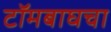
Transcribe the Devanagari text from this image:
टॉमबाघचा